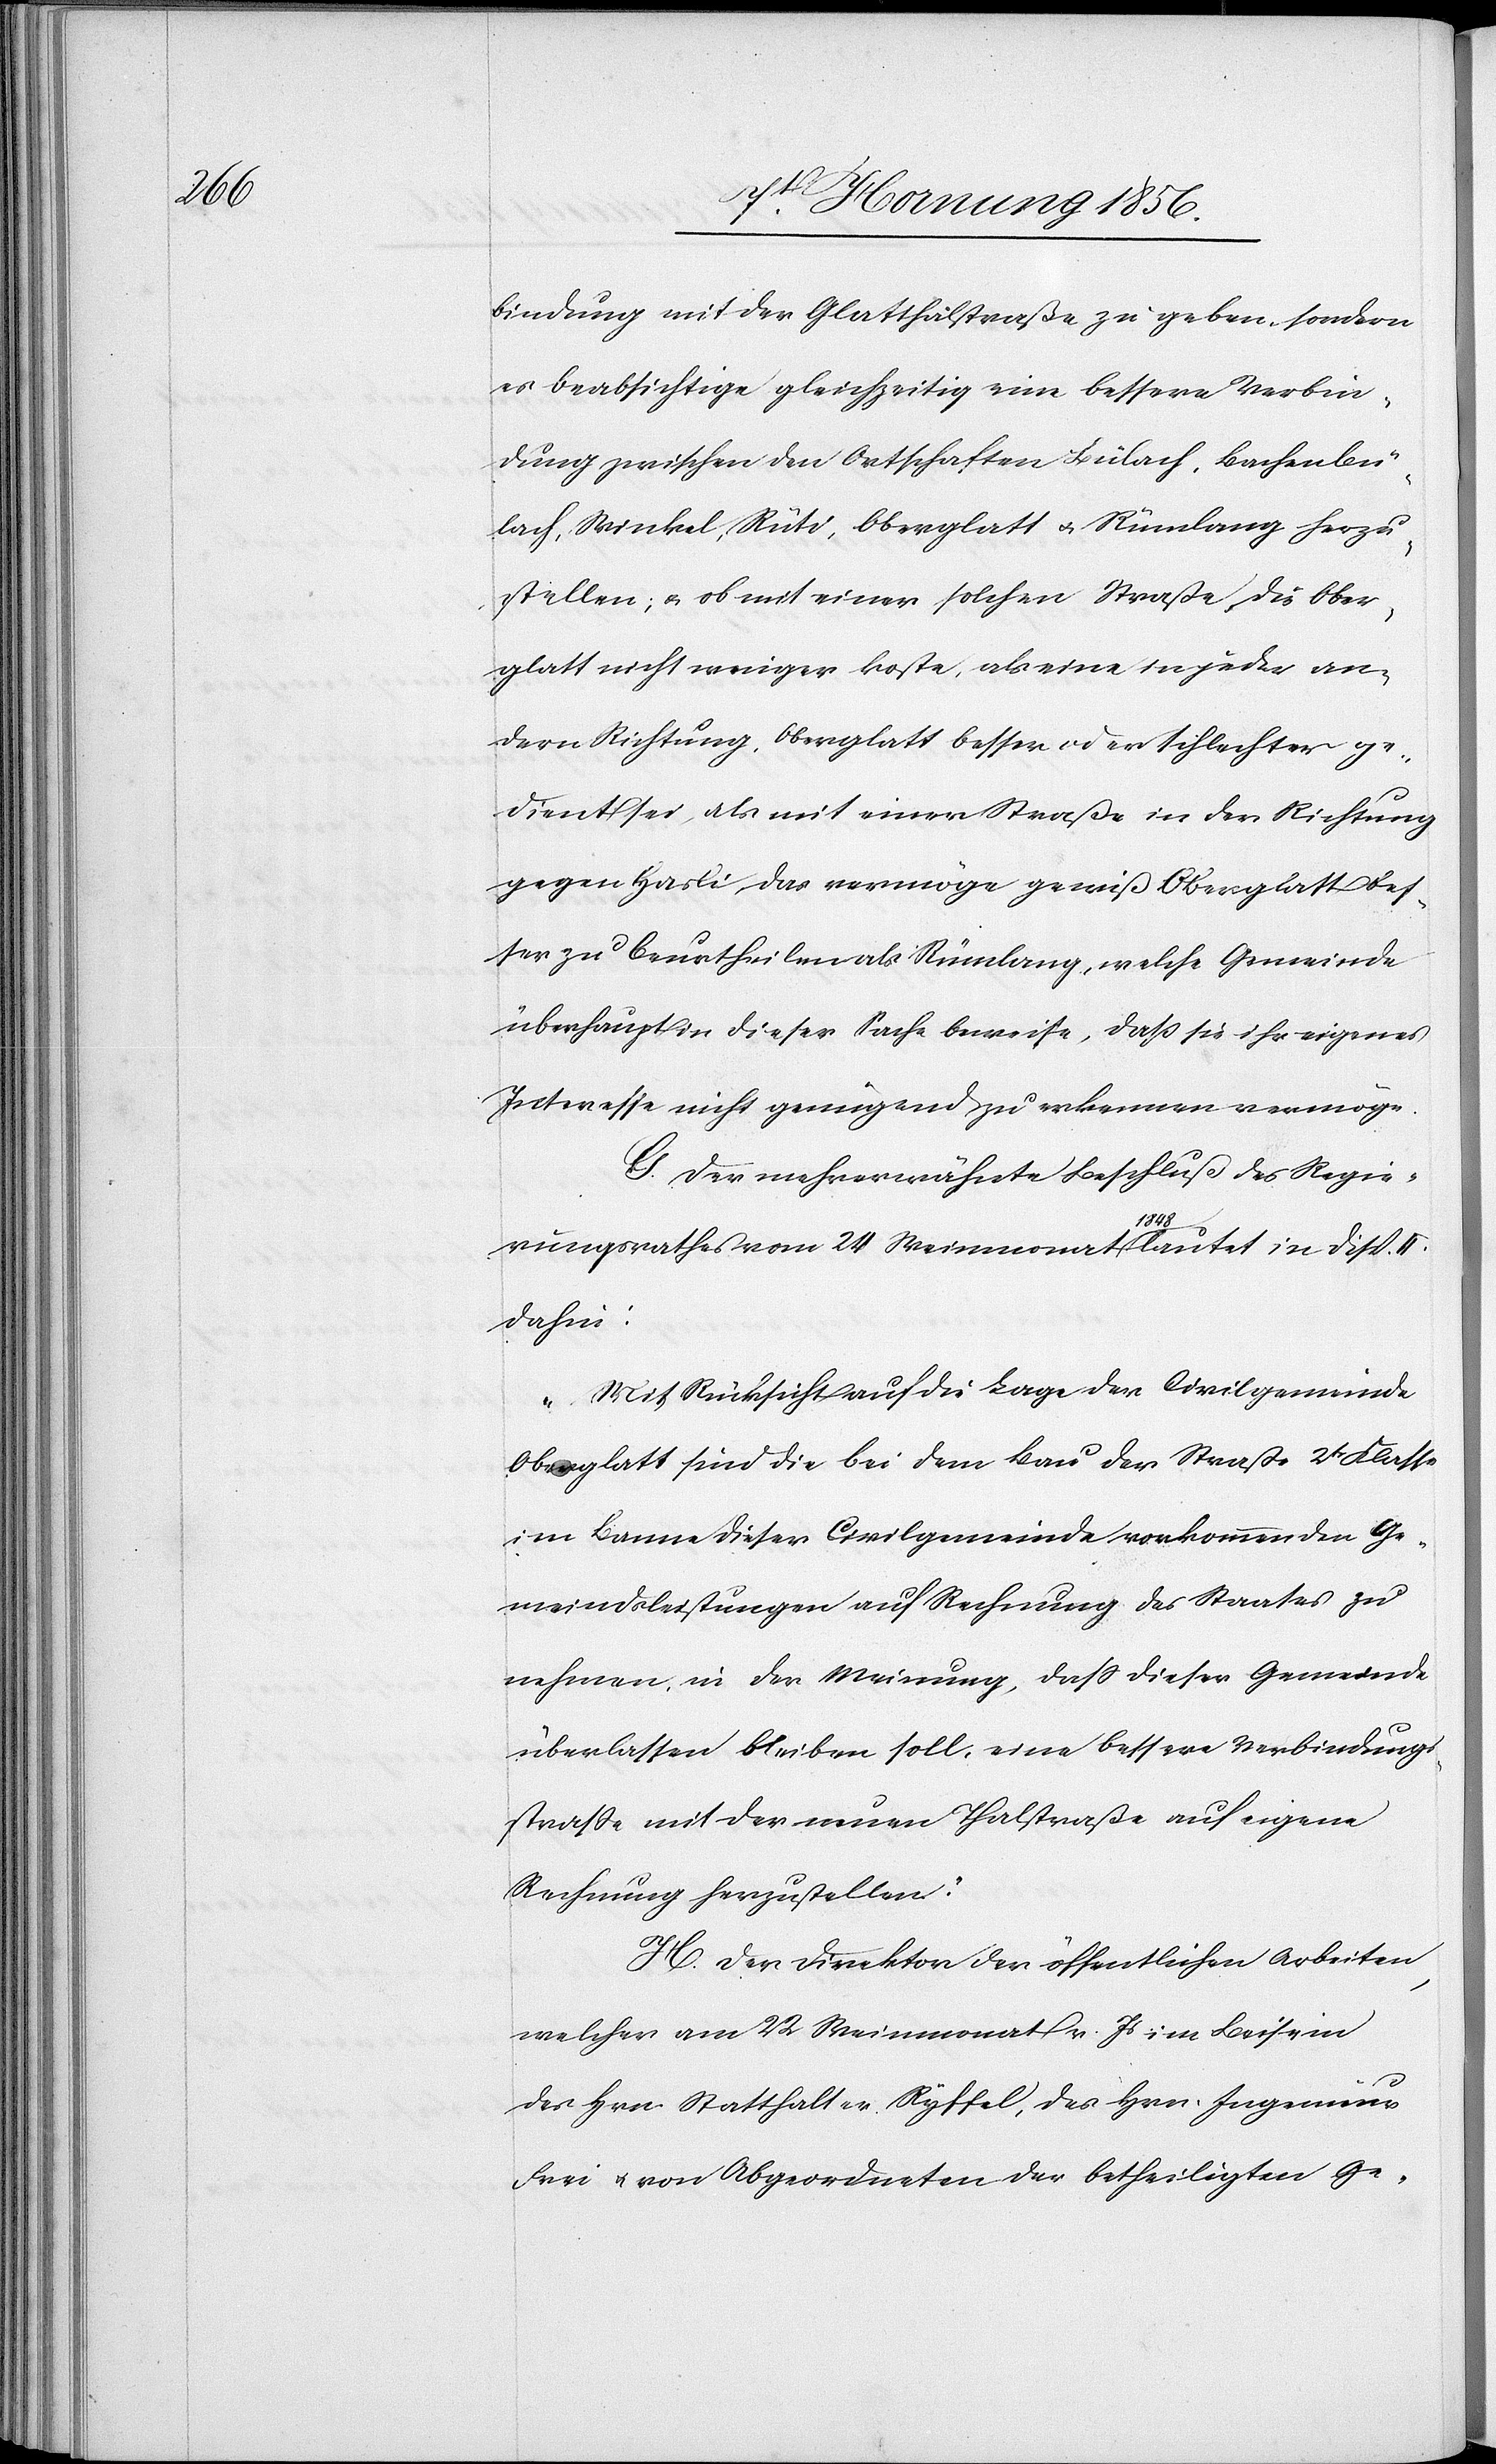
bindung mit der Glatthalstraße zu geben, sondern
es beabsichtige gleichzeitig eine bessere Verbin¬
dung zwischen den Ortschaften Bülach, Bachenbü¬
lach, Winkel, Rüti, Oberglatt u. Rümlang herzu¬
stellen, u. ob mit einer solchen Straße die Ober¬
glatt nicht weniger koste, als eine in jeder an¬
dern Richtung, Oberglatt besser oder schlechter ge¬
dient sei, als mit einer Straße in der Richtung
gegen Hasli, das vermöge gewiß Oberglatt bes¬
ser zu beurtheilen als Rümlang, welche Gemeinde
überhaupt in dieser Sache beweise, daß sie ihr eigenes
Interesse nicht genügend zu erkennen vermöge.
G. Der mehrerwähnte Beschluß des Regie¬
rungsrathes vom 24 Weinmonat a-1848-a lautet in Disp. II.
dahin:
„Mit Rücksicht auf die Lage der Civilgemeinde
Oberglatt sind die bei dem Bau der Straße 2tr Klasse
im Banne dieser Civilgemeinde vorkommenden Ge¬
meindsleistungen auf Rechnung des Staates zu
nehmen, in der Meinung, daß dieser Gemeinde
überlassen bleiben soll, eine bessere Verbindungs¬
straße mit der neuen Thalstraße auf eigene
Rechnung herzustellen.“
H. Der Direktor der öffentlichen Arbeiten,
welcher am 22 Weinmonat v. Js im Beisein
des Hrn. Statthalter Ryffel, des Hrn. Ingenieur
Frei u. von Abgeordneten der betheiligten Ge-